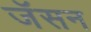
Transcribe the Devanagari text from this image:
जॅसन